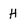
Character: H